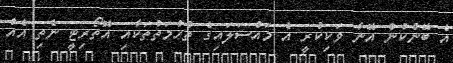
އެ ބޭންކުން އޭނާ ވަކިކުރީ އެ މައްސަލައިގެ ތުހުމަތުތަކާއި އޮތޯރިޓީ ނެތި އެއް